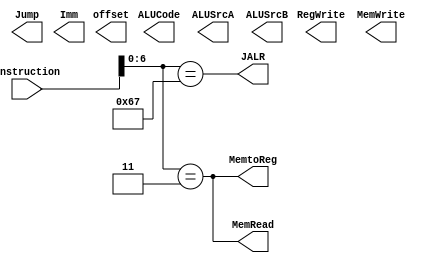
//******************************************************************************
// //
// Decode.v
//******************************************************************************

module Decode(   
	// Outputs
	MemtoReg, RegWrite, MemWrite, MemRead,ALUCode,ALUSrcA,ALUSrcB,Jump,JALR,Imm,offset,
	// Inputs
    Instruction);
	input [31:0]	Instruction;	// current instruction
	output		   MemtoReg;		// use memory output as data to write into register
	output		   RegWrite;		// enable writing back to the register
	output		   MemWrite;		// write to memory
	output         MemRead;
	output [3:0]   ALUCode;         // ALU operation select
	output      	ALUSrcA;
	output [1:0]   ALUSrcB;
	output         Jump;
	output         JALR;
	output[31:0]   Imm,offset;
	
//******************************************************************************
//  instruction type decode
//******************************************************************************
	parameter  R_type_op=   7'b0110011;
	parameter  I_type_op=   7'b0010011;
	parameter  SB_type_op=  7'b1100011;
	parameter  LW_op=       7'b0000011;
	parameter  JALR_op=     7'b1100111;
	parameter  SW_op=       7'b0100011;
	parameter  LUI_op=      7'b0110111;
	parameter  AUIPC_op=    7'b0010111;	
	parameter  JAL_op=      7'b1101111;	
//
  //
   parameter  ADD_funct3 =     3'b000 ;
   parameter  SUB_funct3 =     3'b000 ;
   parameter  SLL_funct3 =     3'b001 ;
   parameter  SLT_funct3 =     3'b010 ;
   parameter  SLTU_funct3 =    3'b011 ;
   parameter  XOR_funct3 =     3'b100 ;
   parameter  SRL_funct3 =     3'b101 ;
   parameter  SRA_funct3 =     3'b101 ;
   parameter  OR_funct3 =      3'b110 ;
   parameter  AND_funct3 =     3'b111;
   //
   parameter  ADDI_funct3 =     3'b000 ;
   parameter  SLLI_funct3 =     3'b001 ;
   parameter  SLTI_funct3 =     3'b010 ;
   parameter  SLTIU_funct3 =    3'b011 ;
   parameter  XORI_funct3 =     3'b100 ;
   parameter  SRLI_funct3 =     3'b101 ;
   parameter  SRAI_funct3 =     3'b101 ;
   parameter  ORI_funct3 =      3'b101 ;
   parameter  ANDI_funct3 =     3'b111;
   //
   parameter	 alu_add=  4'b0000;
   parameter	 alu_sub=  4'b0001;
   parameter	 alu_lui=  4'b0010;
   parameter	 alu_and=  4'b0011;
   parameter	 alu_xor=  4'b0100;
   parameter	 alu_or =  4'b0101;
   parameter 	 alu_sll=  4'b0110;
   parameter	 alu_srl=  4'b0111;
   parameter	 alu_sra=  4'b1000;
   parameter	 alu_slt=  4'b1001;
   parameter	 alu_sltu= 4'b1010; 

//******************************************************************************
// instruction field
//******************************************************************************
	wire [6:0]		op;
	wire  	 	    funct6_7;
	wire [2:0]		funct3;
	assign op			= Instruction[6:0];
	assign funct6_7		= Instruction[30];
 	assign funct3		= Instruction[14:12];
	
    wire R_type, I_type, SB_type, LW, JALR, SW, LUI, AUIPC, JAL;
    assign R_type = (op == R_type_op);
    assign I_type = (op == I_type_op);
    assign SB_type = (op == SB_type_op);
    assign LW = (op == LW_op);
    assign JALR = (op == JALR_op);
    assign SW = (op == SW_op);
    assign LUI = (op == LUI_op);
    assign AUIPC = (op == AUIPC_op);
    assign JAL = (op == JAL_op);

    assign MemtoReg = LW;
    assign MemRead = LW;
    







	 
endmodule